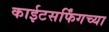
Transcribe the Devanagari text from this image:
काईटसर्फिंगच्या